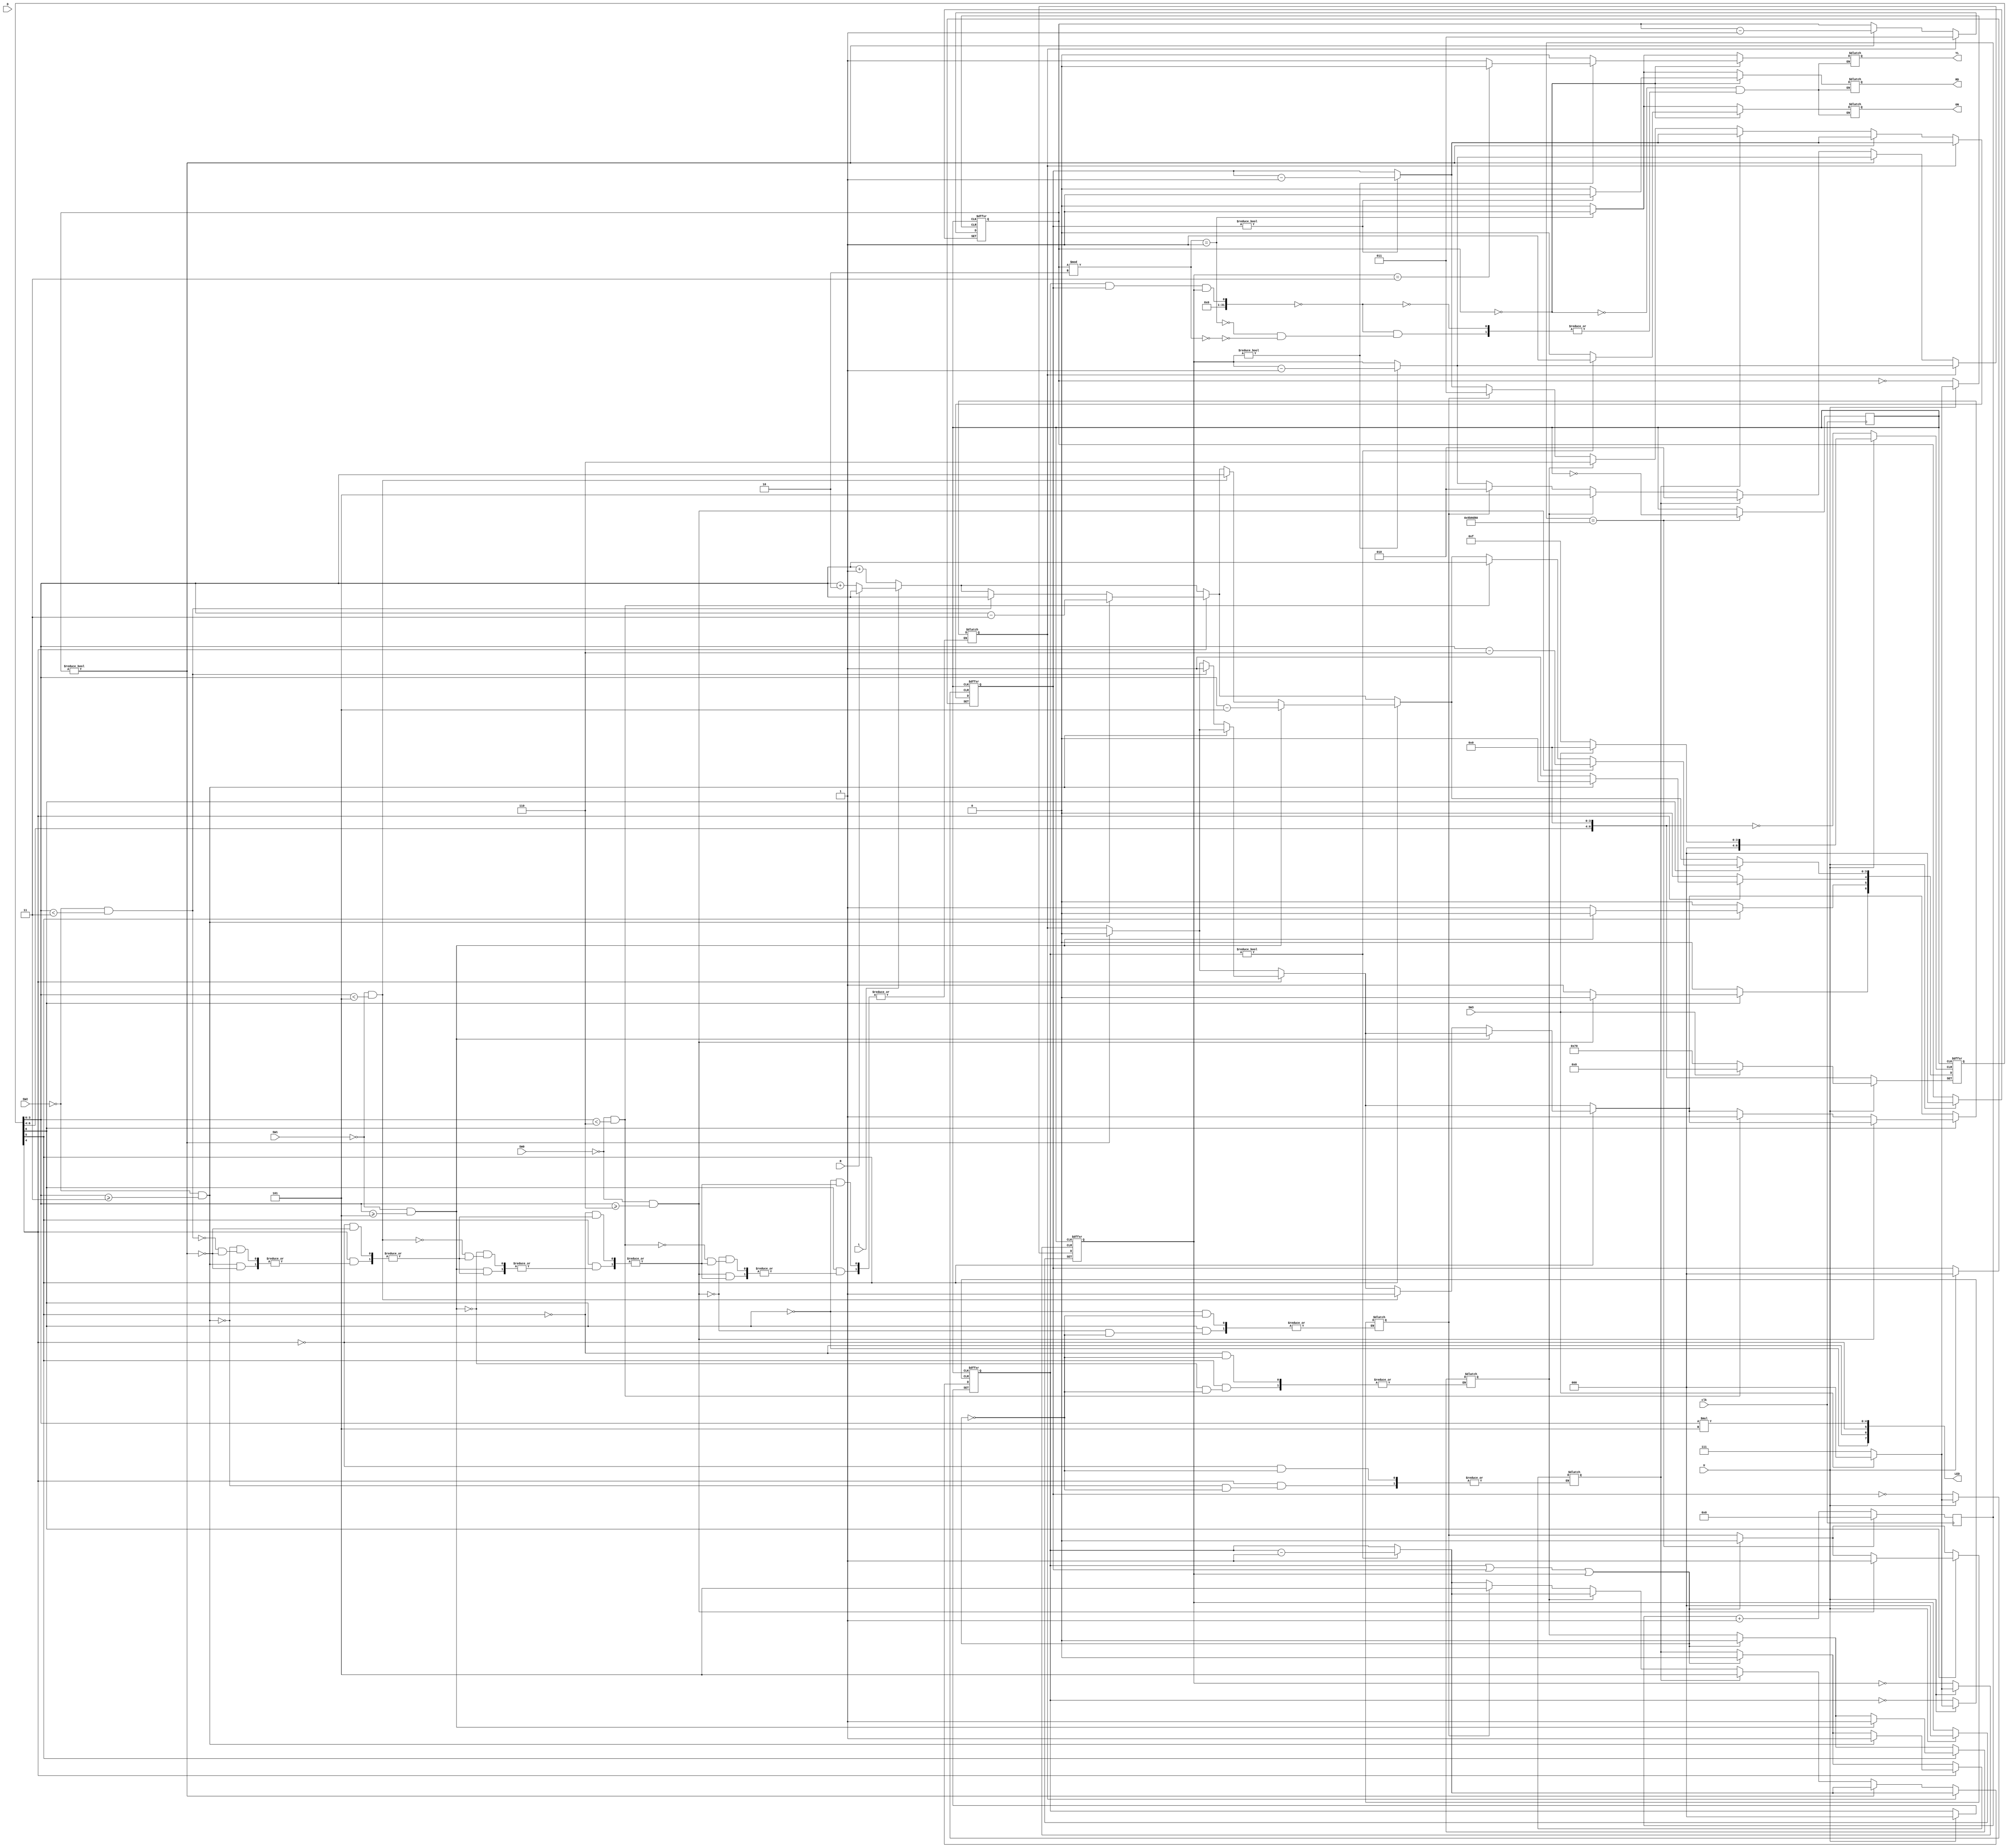
`timescale 1ns / 1ps

//////////////////////////////////////////////////////////////////////////////////

// Company:

// Engineer:

//


// Design Name:

// Module Name: vending

// Project Name:

// Target Devices:

// Tool Versions:

// Description:

//

// Dependencies:

//

// Revision:

// Revision 0.01 - File Created

// Additional Comments:

//

//////////////////////////////////////////////////////////////////////////////////
module vending(output reg [7:0] LED, output reg RD, output reg GN, output reg YL, input wire L, input wire R, input wire U, input wire D, input wire SW0, SW1, SW2, SW3, clk);
   reg [6:0] cS, nS;

   reg [2:0] count=0;

    // 6 5 4 3 2 1 0

    // ----- :  

   //       ------- :  

  

     // SW[0]==1 :  3000  

   // SW[1]==1 :  2500  

   // SW[2]==1 :  1500  
    reg [23:0] clk_cnt;

    reg clk_gen;

    reg count_S=0;

    reg [2:0]ham;

    reg [2:0]chicken;

    reg [2:0]drink;

   reg [2:0]make;

    always @ (posedge clk) begin

        clk_cnt <= clk_cnt + 1'b1;

        if(clk_cnt == 24'd6000000) begin

            clk_gen <= ~clk_gen;

            clk_cnt <= 24'd0;

        end

       

    end

always@(count,chicken,ham,drink)begin
if(count==0)begin

if(chicken!=0)begin

GN<=1;

end

else GN<=0;

if(ham!=0)begin

RD<=1;

end


else RD<=0;

if(drink!=0)begin

    if(drink==3) YL<=0;

    else YL<=1;

end

else YL<=0;
end

else if((chicken&&ham&&drink)==0)begin

     if(count%2==1)begin

     RD<=1;

     GN<=1;

     YL<=1;

end

     else if(count%2==0)

        begin

        RD<=0;

        GN<=0;

        YL<=0;

     
   end

    end
    end
 
    always @ (posedge clk_gen or negedge SW3 or negedge U) begin
        if(~SW3) begin

            cS[3:0] <= 4'b0000; //  0 

           cS[6:4] <= 3'b111;  //   
                chicken<=0;
            ham<=0;
            drink<=0;
            count<=0;
        end

        else if(~U) begin

         cS[3:0]<=3'b000;

        end

        else begin

            cS <= nS;
            if(chicken!=0) chicken<=chicken-1;
           
            if(ham!=0) ham<=ham-1;
           
            if(drink!=0)drink<=drink-1;
           
           
                        if(count_S==1) count<=3;
           
                        else if(count!=0) count<=count-1;
           
                        else if(make[0])begin
           
                         chicken<=5;
           
                         drink<=2;
           
            end
           
            else if(make[1])begin
           
            ham<=6;
            drink<=5;
           
            end
           
            else if(make[2])begin
            chicken<=5;
            ham<=3;
            drink<=2;
            end


    end   

  
end
    always @(cS,SW0,SW1,SW2,count,R,L)

    begin

    if(count!=0)count_S<=0;

    if((chicken||ham||drink)!=0)make<=0;

        nS[6:4] <= cS[6:4];

        if(~L)

            nS[3:0] <= cS[3:0]+1;

        else if(~R)

            nS[3:0] <= cS[3:0]+2;

        else

            nS[3:0] <= cS[3:0];

           

        if(cS[4]) begin //    

           if(~SW2 && cS[3:0] >= 3) begin

                nS[4] <= 0;

                nS[3:0] <= cS[3:0] - 3;           

                make[0]<=1;   

            end

            else if(~SW2 && cS[3:0] <3)begin // 

           nS[3:0]<=cS[3:0];

      

            count_S<=1;

            end

        end       

        if(cS[5]) begin //    

           if(~SW1 && cS[3:0] >= 5) begin

                nS[5] <= 0;

                nS[3:0] <= cS[3:0] - 5;               

                make[1]<=1;

            end 

                        else if(~SW1 &&cS[3:0] <5)begin // 

           nS[3:0]<=cS[3:0];

         

        count_S<=1;

            end

        end       

        if(cS[6]) begin //   

           if(~SW0&& cS[3:0] >= 6) begin

                nS[6] <= 0;

                nS[3:0] <= cS[3:0] - 6;               

                make[2]<=1;

            end 

             else if(~SW0 && cS[3:0] <6)begin // 
           nS[3:0]<=cS[3:0];
           count_S<=1;
            end  

        end        

  

        LED[7] = (cS[6] == 0);

        LED[6] = (cS[5] == 0);

        LED[5] = (cS[4] == 0);

        LED[4:0] = cS[3:0]*5; 

    end

endmodule